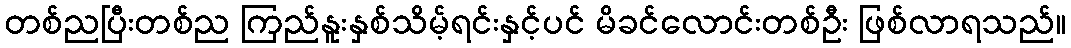
တစ်ညပြီးတစ်ည ကြည်နူးနှစ်သိမ့်ရင်းနှင့်ပင် မိခင်လောင်းတစ်ဦး ဖြစ်လာရသည်။